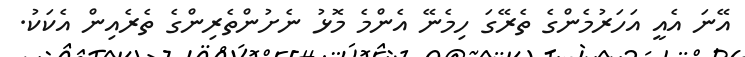
އޭނަ އެއީ އަހަރުމެންގެ ތެރޭގަ ހިމެނޭ އެންމެ މޮޅު ނެށުންތެރިންގެ ތެރެއިން އެކަކު.